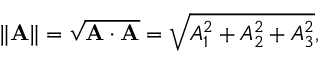
\| \mathbf { A } \| = { \sqrt { \mathbf { A } \cdot \mathbf { A } } } = { \sqrt { A _ { 1 } ^ { 2 } + A _ { 2 } ^ { 2 } + A _ { 3 } ^ { 2 } } } ,